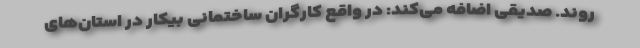
‌روند. صدیقی اضافه می‌کند: در واقع کارگران ساختمانی بیکار در استان‌های